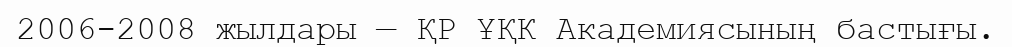
2006-2008 жылдары — ҚР ҰҚК Академиясының бастығы.